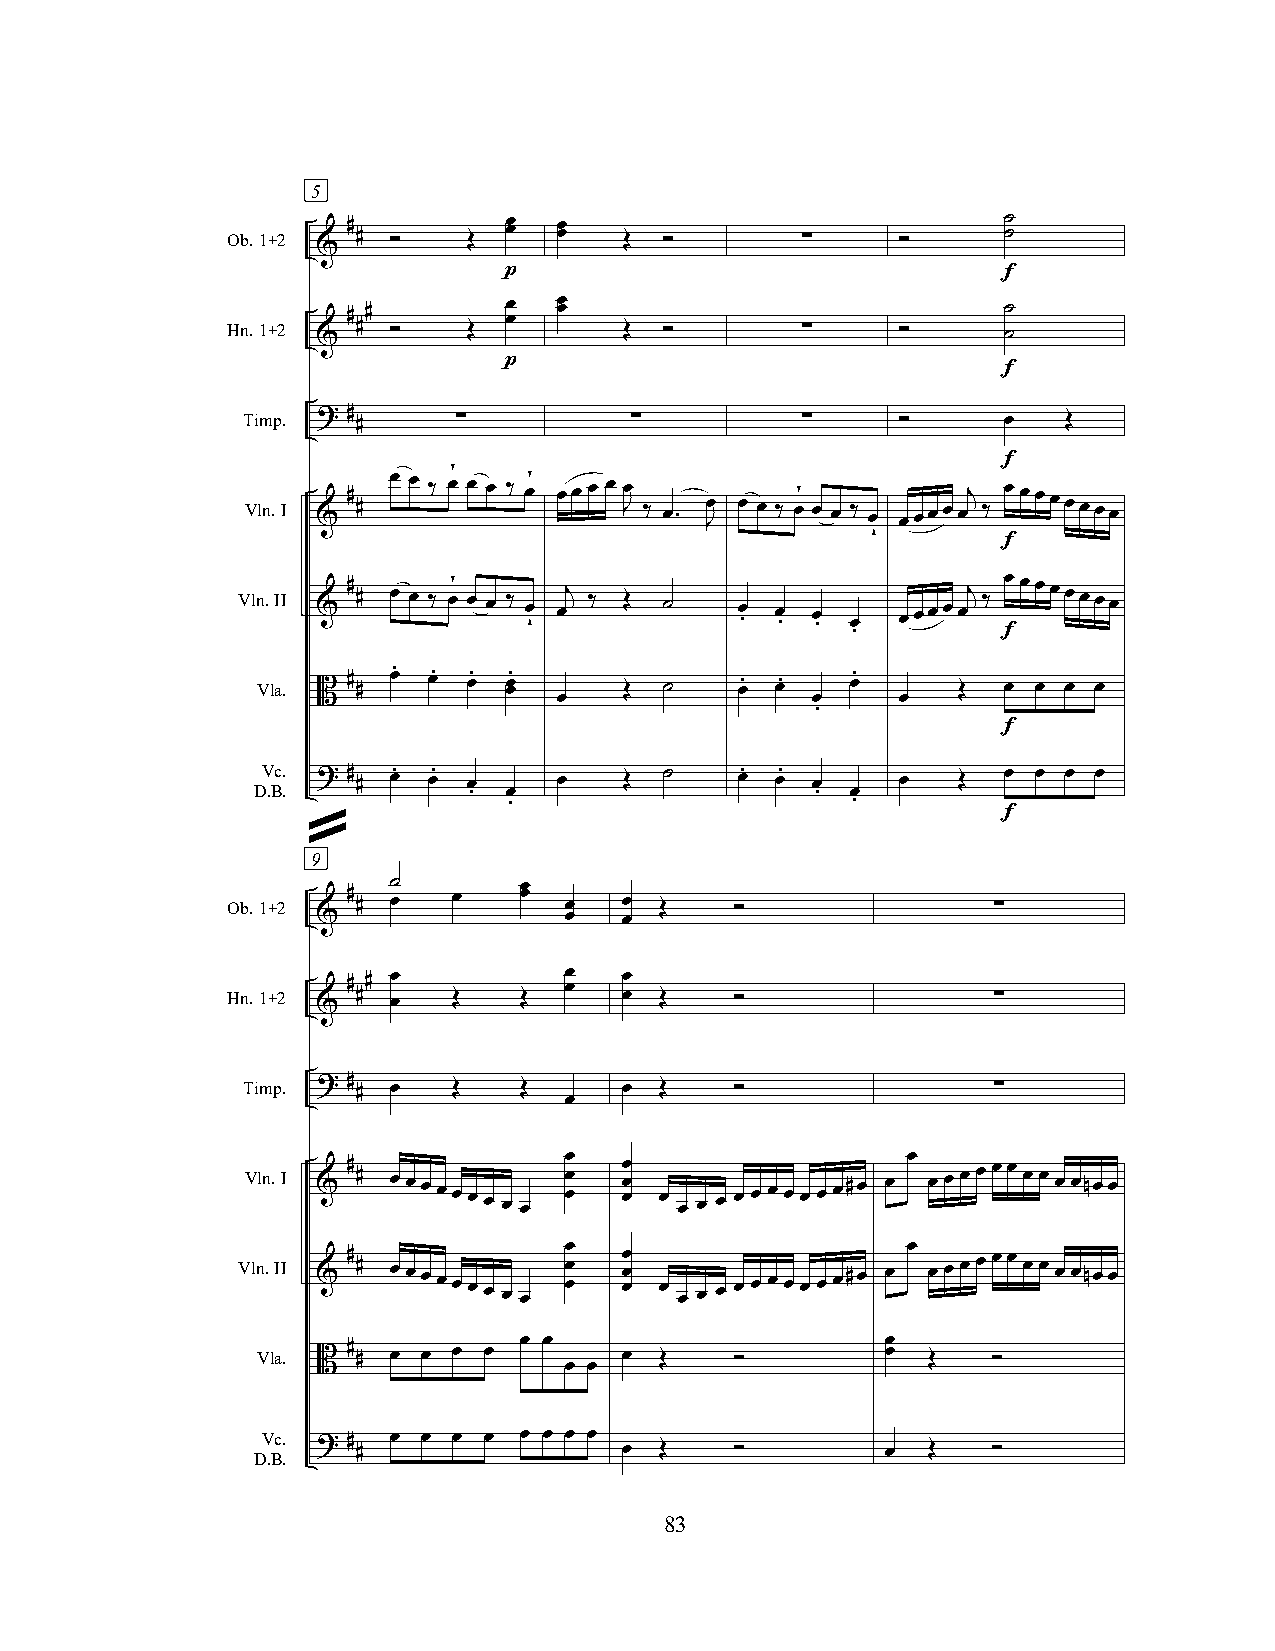
5
 Ob.1+2  # # ”   Œ œ œ œ œ Œ  ”        ∑      ”     ˙ ˙
 &
 p                                 f
 Hn.1+2
 &
 # ##
 ”    Œ
 œ œ œ œ
 Œ  ”        ∑      ”
 ˙
 ˙
 p
 f
 Timp. ? #
 #     ∑           ∑          ∑      ”     œ   Œ
 Vln.I &
 #
 #
 œ œ ‰ œ¥ œ œ ‰ œ¥ œœ œ œ Jœ
 ‰ œ. Jœ œ œ ‰
 œ¥
 œ œ ‰ œ
 œœœœœj
 ‰
 œf œœœœœœœ
 ˇ
 f
 Vln.II &
 #
 # œ œ ‰
 œ¥
 œ œ ‰ œ ˇ œj ‰ Œ ˙ œ . œ . œ . œ œœœœœj ‰
 œœœœœœœœ
 .          f
 Vla. B # # œ. œ. œ. œ œ. Œ ˙    œ. œ.  œ.     Œ  œ  œ œ œ
 œ                œ     œ
 .
 f
 Vc.
 D.B.
 ? #
 #
 œ. œ.
 œ     œ   Œ
 ˙    œ. œ.
 œ     œ  Œ
 œ  œ œ œ
 . œ                    . œ
 .                     .
 f
 »
 9
 ˙       œ
 Ob.1+2  # # œ  œ   œ  œ   œ  Œ    ”                ∑
 &               œ   œ
 Hn.1+2 & # ## œ œ Œ Œ œ œ œ œ Œ   ”                ∑
 Timp. ? #
 # œ   Œ   Œ      œ  Œ    ”                ∑
 œ
 œ                      œ
 Vln.I & # # œœœœœœ œ œ œ œ œ œ œ œ œ œ œ œ œ œ œ œ œ œ œ#œ œ œ œœ œ œœ œœ œ œnœœ
 œ                      œ
 Vln.II & # # œœœœœœ œ œ œ œ œ œ œ œ œ œ œ œ œ œ œ œ œ œ œ#œ œ œ œœ œ œœ œœ œ œnœœ
 œ œ                      œ
 Vla. B # # œ œ œ œ      œ  Œ    ”         œ Œ    ”
 œ œ
 Vc. ? #  œ œ œ œ œ œ œ œ
 D.B.   #                œ  Œ    ”         œ Œ    ”
 83